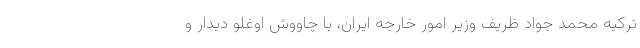
ترکیه محمد جواد ظریف وزیر امور خارجه ایران، با چاووش اوغلو دیدار و